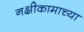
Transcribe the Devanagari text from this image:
नक्षीकामाच्या